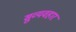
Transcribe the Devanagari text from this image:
सुव्यवहार